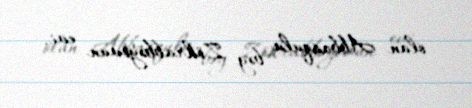
olan Abbasqulu bəy Zöhrabbəyovun evi.